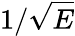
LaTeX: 1/\sqrt{E}